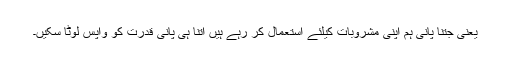
یعنی جتنا پانی ہم اپنی مشروبات کیلئے استعمال کر رہے ہیں اتنا ہی پانی قدرت کو واپس لوٹا سکیں۔